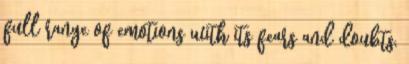
full range of emotions with its fears and doubts,